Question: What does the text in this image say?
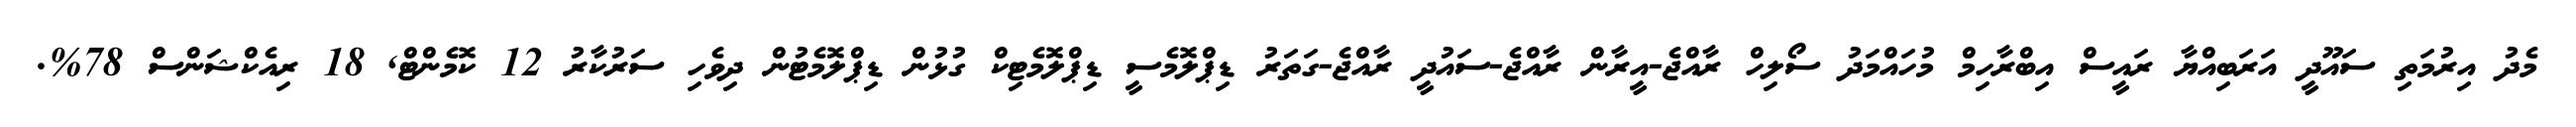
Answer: މެދު އިރުމަތި ސައޫދީ އަރަބިއްޔާ ރައީސް އިބްރާހިމް މުހައްމަދު ސޯލިހް ރާއްޖެ-އީރާން ރާއްޖެ-ސައުދީ ރާއްޖެ-ގަތަރު ޑިޕްލޮމެސީ ޑިޕްލޮމެޓިކް ގުޅުން ޑިޕްލޮމެޓުން ދިވެހި ސަރުކާރު 12 ކޮމެންޓް, 18 ރިއެކްޝަންސް 78%.